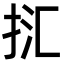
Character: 㧟